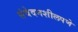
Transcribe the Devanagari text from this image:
संवेदनशीलपणे